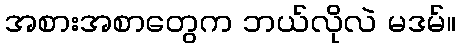
အစားအစာတွေက ဘယ်လိုလဲ မဒမ်။